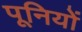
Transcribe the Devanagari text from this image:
पूनियों